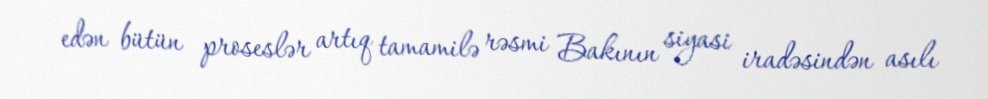
edən bütün proseslər artıq tamamilə rəsmi Bakının siyasi iradəsindən asılı